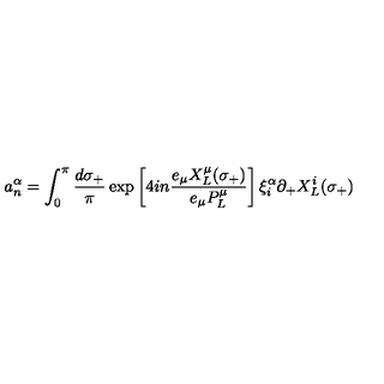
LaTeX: a _ { n } ^ { \alpha } = \int _ { 0 } ^ { \pi } \frac { d \sigma _ { + } } { \pi } \exp \left[ 4 i n \frac { e _ { \mu } X _ { L } ^ { \mu } ( \sigma _ { + } ) } { e _ { \mu } P _ { L } ^ { \mu } } \right] \xi _ { i } ^ { \alpha } \partial _ { + } X _ { L } ^ { i } ( \sigma _ { + } )